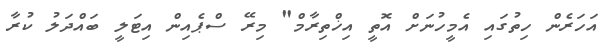
އަހަރެން ހިތުގައި އެމީހުނަށް އޮތީ އިޚްތިރާމް" މިރޭ ސްޕެއިން އިޓަލީ ބައްދަލު ކުރާ